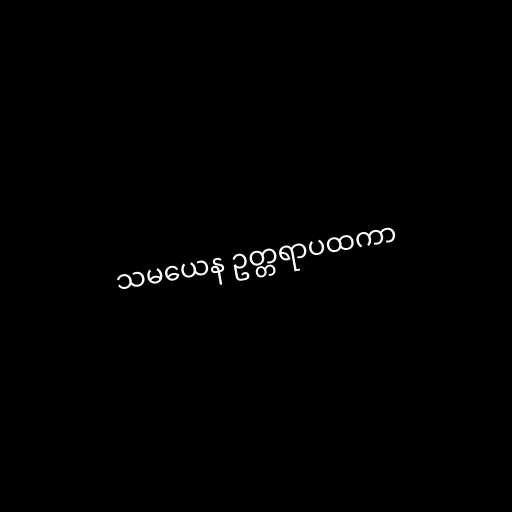
သမယေန ဥတ္တရာပထကာ